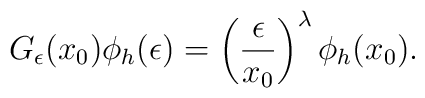
G_\epsilon(x_0)\phi_h (\epsilon) =    \left({\epsilon \over x_0} \right)^\lambda \phi_h(x_0).